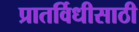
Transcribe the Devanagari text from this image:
प्रातर्विधीसाठी